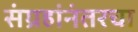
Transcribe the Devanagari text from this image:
संग्रहांनंतरचा